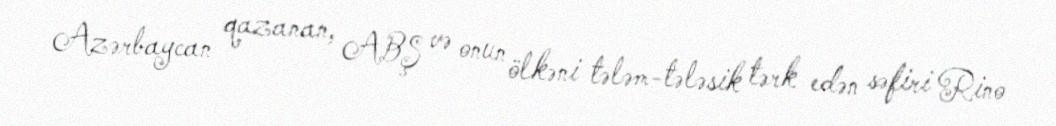
Azərbaycan qazanan, ABŞ və onun ölkəni tələm-tələsik tərk edən səfiri Rino